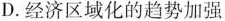
D.经济区域化的趋势加强